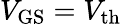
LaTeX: V_{\mathrm{GS}}=V_{\mathrm{th}}